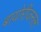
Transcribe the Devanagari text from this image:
बायोरीजनल